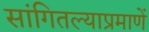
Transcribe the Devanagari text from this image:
सांगितल्याप्रमाणें